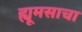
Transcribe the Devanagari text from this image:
ह्यूमसाचा